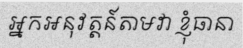
អ្នកអនុវត្តន៍តាមវា ខ្ញុំធានា